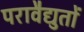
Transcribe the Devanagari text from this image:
परावैद्युतों